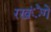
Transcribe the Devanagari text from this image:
रखंेगे